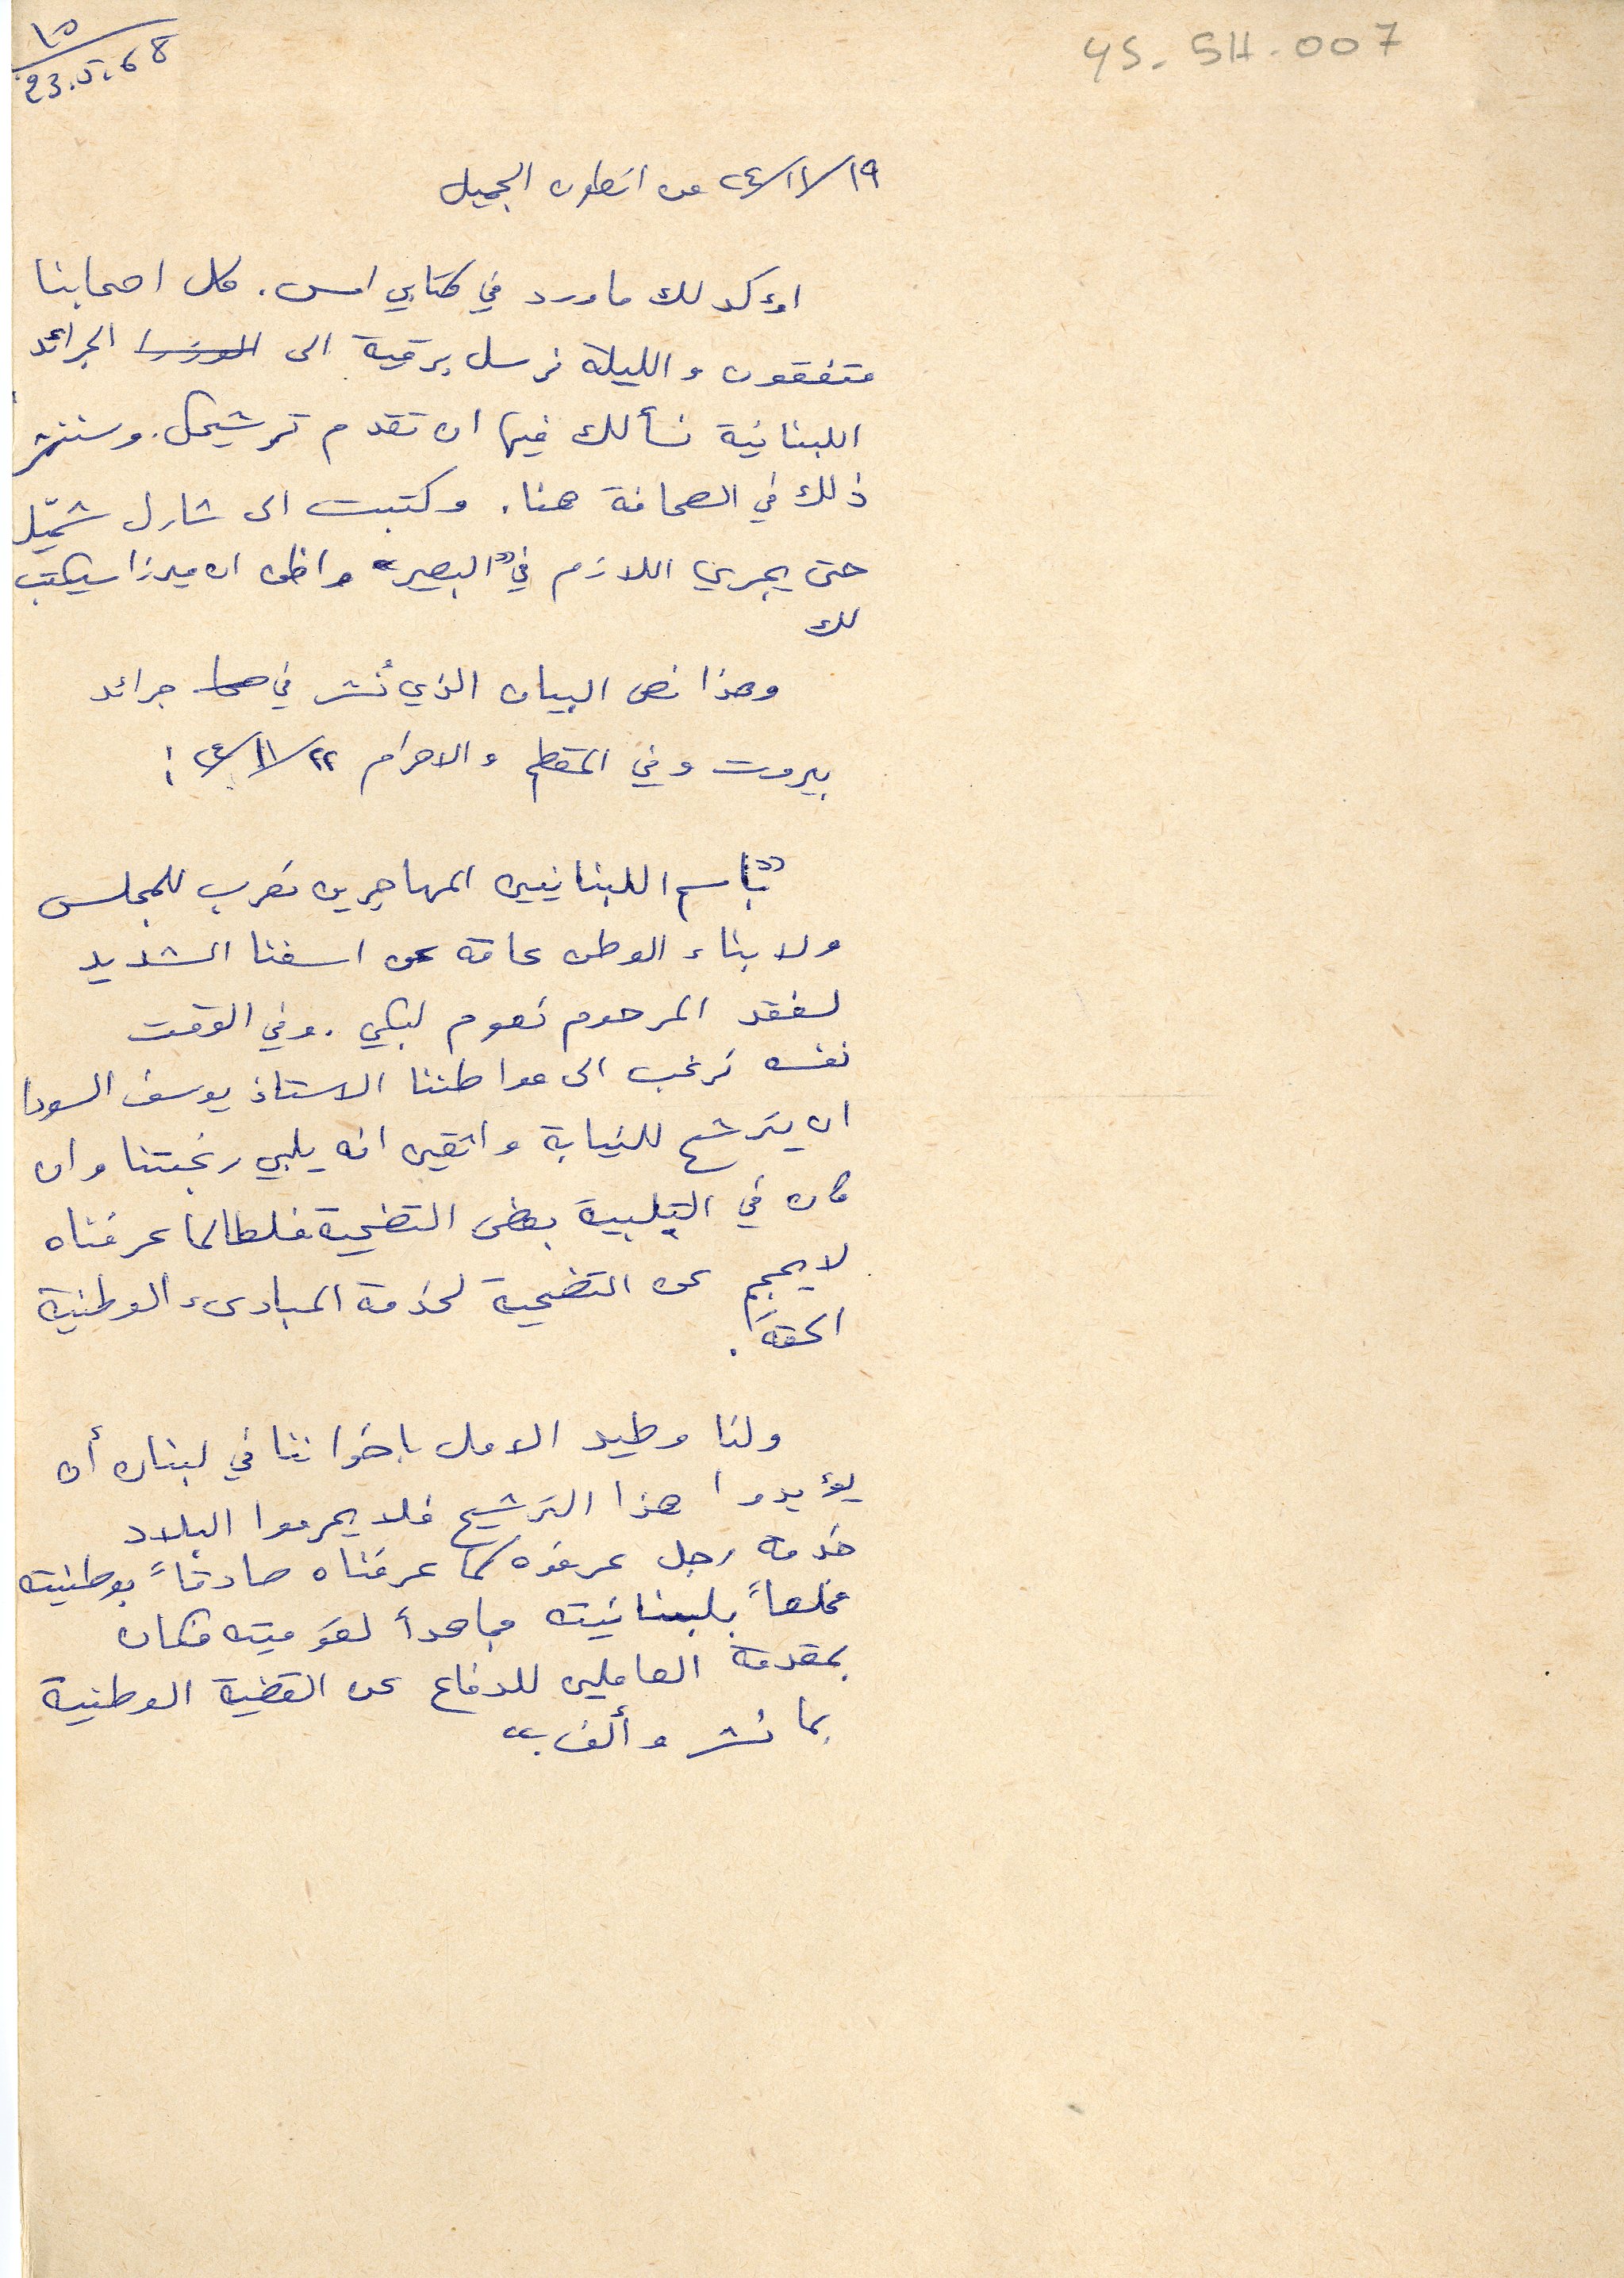
٢٩/ ١١/ ٢٤ من انطون الجميل
23.5.68
اؤكد لك ما ورد في كتابي امس. كل اصحابنا
متفقون والليلة نرسل برقية الى الجرائد
اللبنانية نسألك في ان تقدم ترشيحك. وسننشر
ذلك في الصحافة هنا. وكتبت الى شارل شميّل
حتى يجري اللازم في "البصير" واظن ان ميرزا سيكتب
لك
وهذا نص البيان الذي نُشر في جرائد
بيروت وفي المقطم والاهرام ٢٢/ ١١/ ٢٤:
"باسم اللبنانيين المهاجرين نعرب للمجلس
ولابناء الوطن عامة عن اسفنا الشديد
لفقد المرحوم نعوم لبكي. وفي الوقت
نفسه نرغب الى مواطننا الاستاذ يوسف السودا
ان يترشح للنيابة واثقين انه يلبي رغبتنا وان
كان في التلبية بعض التضحية فلطالما عرفناه
لا يحجم عن التضحية لخدمة المبادئ الوطنية
الحقة.
ولنا وطيد الامل باخواننا في لبنان أن
يؤيدوا هذا الترشح فلا يحرموا البلاد
خدمة رجل عرفوه كما عرفناه صادقاً بوطنيته
مخلصاً بلبنانيته مجاهداً لقوميته فكان
بمقدمة العاملين للدفاع عن القضية الوطنية
بما نشر وألف."
YS-5H -007
10